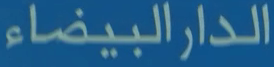
الدارالبيضاء